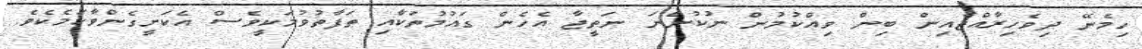
ހިމެނޭ ދިވެހިރާއްޖެއިން ބިން ވިއްކުމުން ނުކުންނަ ނަތީޖާ އެހެން ގައުމުތަކާއި ތަފާތުވުމަކީވެސް އެކަށީގެންވާކަމެކެވެ.